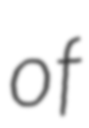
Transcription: of